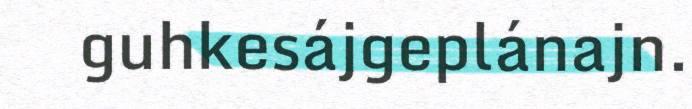
guhkesájgeplánajn.